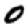
Digit: 0